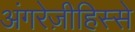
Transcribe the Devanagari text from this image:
अंगरेज़ीहिस्से